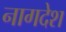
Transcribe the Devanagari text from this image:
नागदेश